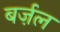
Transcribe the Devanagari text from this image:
बर्ज़ल